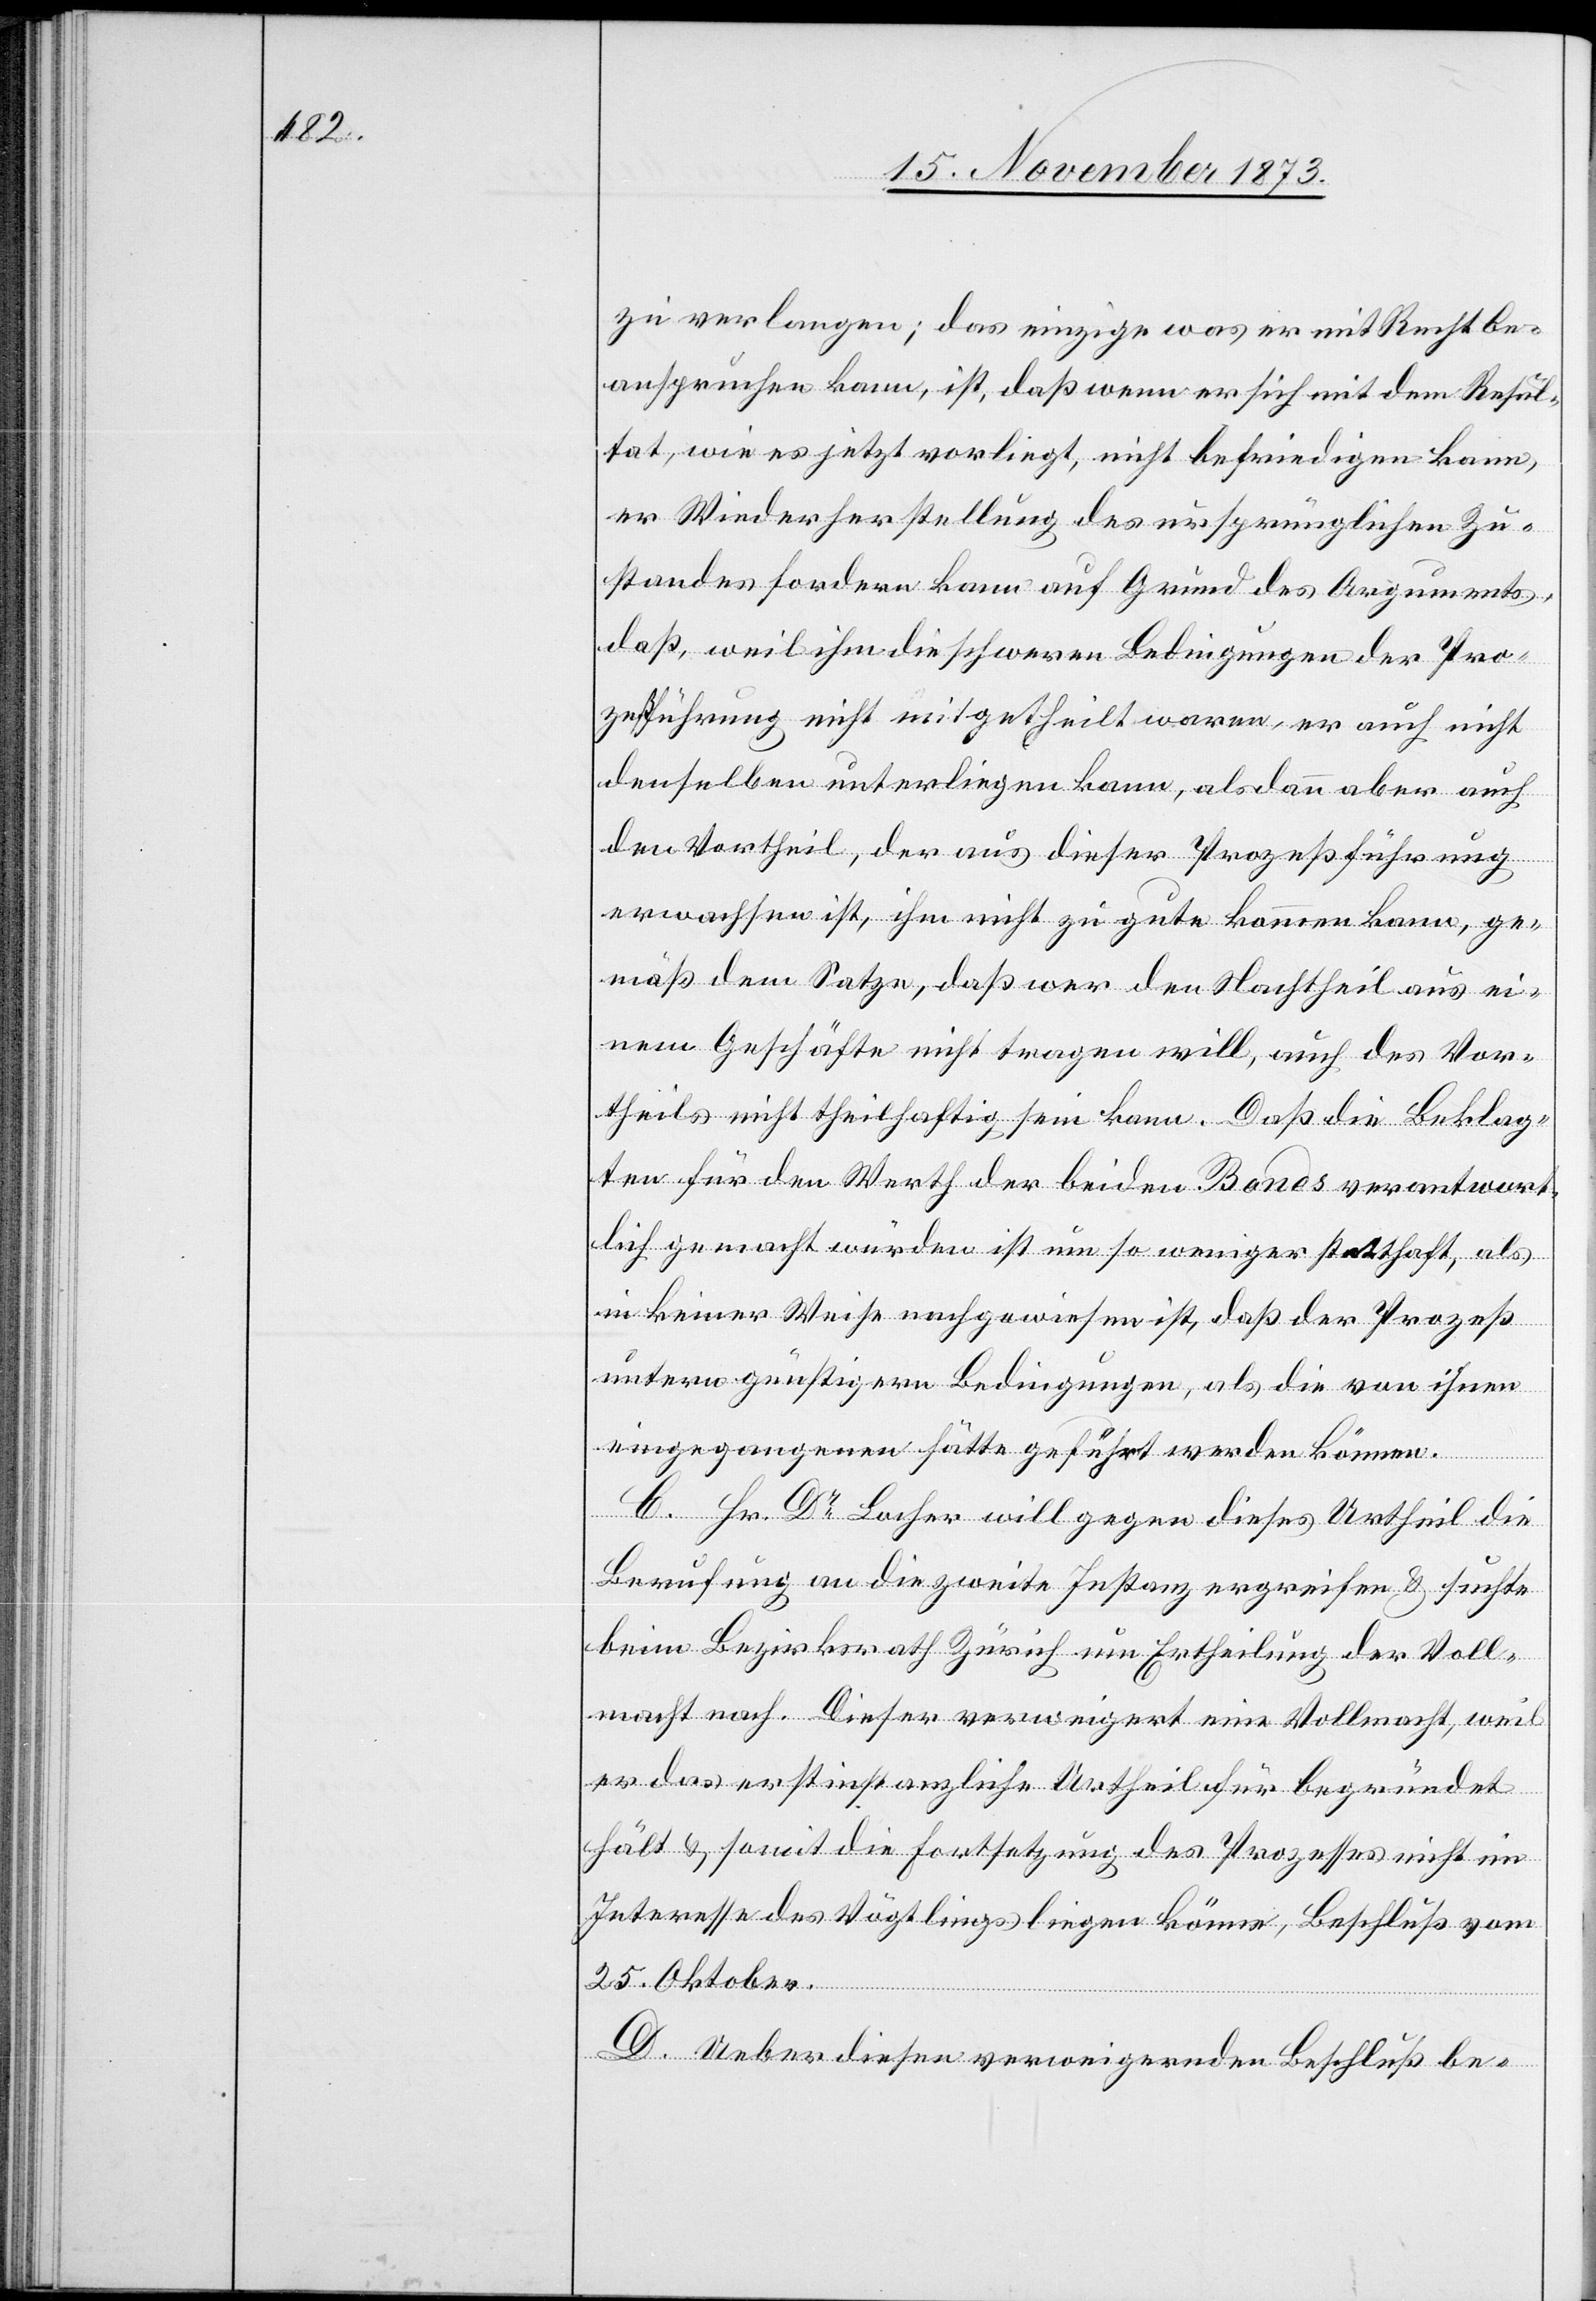
zu verlangen; das einzige was er mit Recht be¬
anspruchen kann, ist, daß wenn er sich mit dem Resul¬
tat, wie es jetzt vorliegt, nicht befriedigen kann,
er Wiederherstellung des ursprünglichen Zu¬
standes fordern kann auf Grund des Arguments,
daß, weil ihm die schweren Bedingungen der Pro¬
zeßführung nicht mitgetheilt waren, er auch nicht
denselben unterliegen kann, alsdann aber auch
den Vortheil, der aus dieser Prozeßführung
erwachsen ist, ihm nicht zu gute kommen kann, ge¬
mäß dem Satze, daß wer den Nachtheil aus ei¬
nem Geschäfte nicht tragen will, auch des Vor¬
theils nicht theilhaftig sein kann. Daß die Beklag¬
ten für den Werth der beiden Bonds verantwort¬
lich gemacht würden ist um so weniger statthaft, als
in keiner Weise nachgewiesen ist, daß der Prozeß
untern [sic!] günstigern Bedingungen, als die von ihnen
eingegangenen hätte geführt werden können.
C. Hr. Dr Locher will gegen dieses Urtheil die
Berufung an die zweite Instanz ergreifen & suchte
beim Bezirksrath Zürich um Ertheilung der Voll¬
macht nach. Dieser verweigert eine Vollmacht, weil
er das erstinstanzliche Urtheil für begründet
hält & somit die Fortsetzung des Prozesses nicht im
Interesse des Vögtlings liegen könne, Beschluß vom
25. Oktober.
D. Ueber diesen verweigernden Beschluß be-